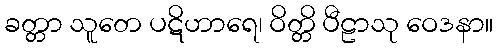
ခတ္တာ သူတေ ပဋိဟာရေ၊ ဝိတ္တိ ပီဠာသု ဝေဒနာ။